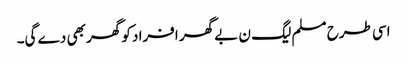
اسی طرح مسلم لیگ ن بے گھر افراد کو گھر بھی دے گی۔